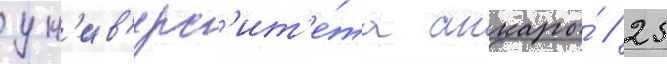
ун'ив'ерс'ит'е́та анкары́ // 25